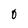
Character: 0